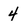
Character: 4